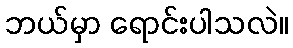
ဘယ်မှာ ရောင်းပါသလဲ။